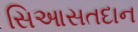
સિઆસતદાન